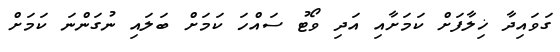
ގަވައިދާ ޚިލާފަށް ކަމަށާއި އަދި ވޯޓު ސައްހަ ކަމަށް ބަލައި ނުގަންނަ ކަމަށް